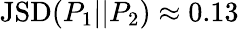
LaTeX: \mathrm{JSD}(P_{1}||P_{2})\approx 0.13